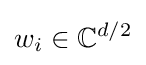
w_{i}\in \mathbb {C} ^{d/2}